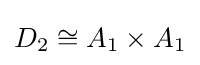
D_{2}\cong A_{1}\times A_{1}